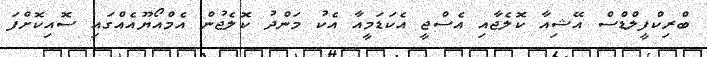
ބްރިކްފީލްޑްސް އޭޝިއާ ކޮލެޖާއި އެސްޖީ އެކަޑަމީއާ އެކު މަންދު ކޮލެޖުން އެމްއޯޔޫއެއްގައި ސޮއިކޮށްފަ